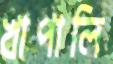
খাপালি